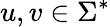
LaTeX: u,v\in\Sigma^{*}